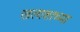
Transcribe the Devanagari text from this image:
खलाशाच्या